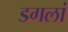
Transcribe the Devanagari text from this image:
डगलां